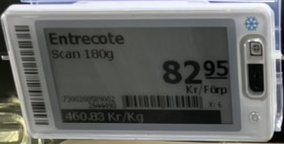
Vara: Entrecote
Genomsnittspris: 460.83 per kg